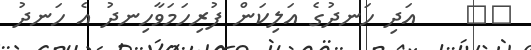
١٨    އަދި ހަނދުގެ އަލިކަން ފުރިހަމަވާހިނދު އެ ހަނދު